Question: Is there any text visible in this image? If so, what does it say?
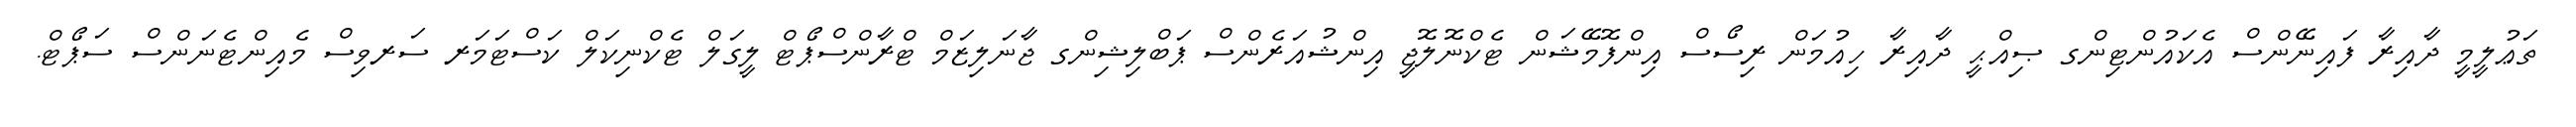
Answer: ތަޢުލީމީ ދާއިރާ ފައިނޭންސް އެކައުންޓިންގ ޞިއްޙީ ދާއިރާ ހިއުމަން ރިސޯސް އިންފޮމޭޝަން ޓެކްނޮލޮޖީ އިންޝުއަރެންސް ޕަބްލިޝިންގ ޖާނަލިޒަމް ޓްރާންސްޕޯޓް ލީގަލް ޓެކްނިކަލް ކަސްޓަމަރ ސަރވިސް މެއިންޓެނަންސް ސަޕޯޓް.